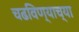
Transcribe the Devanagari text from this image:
चढविण्याच्या